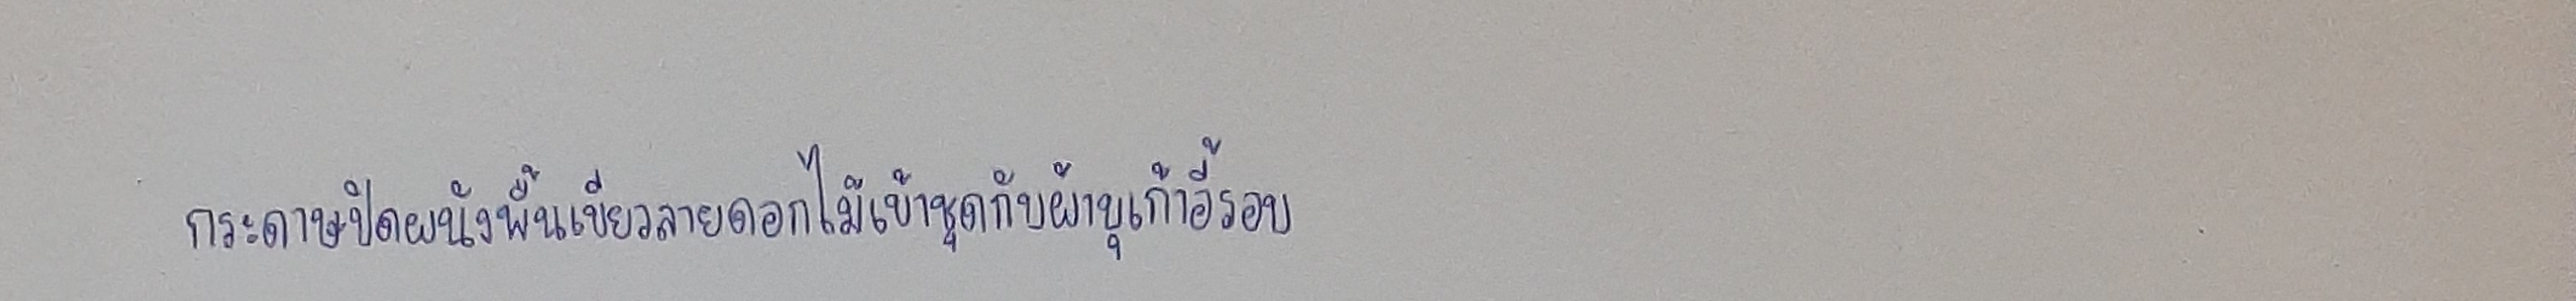
กระดาษปิดผนังพื้นเขียวลายดอกไม้เข้าชุดกับผ้าบุเก้าอี้รอบ